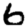
Digit: 6